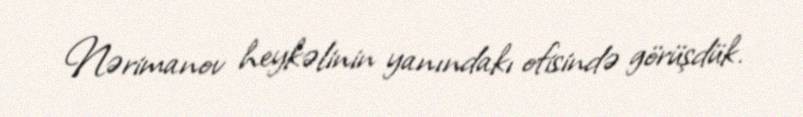
Nərimanov heykəlinin yanındakı ofisində görüşdük.